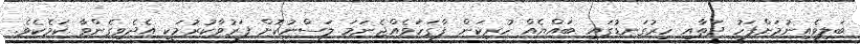
ބަލިވެއިނުމަށްފަހު ދަތާއި ހިރުގަނޑުގައި ބައްޔެއް ހުރިކަން ފާގަހަވެއްޖެނަމަ ލަސްނުކޮށް ފަރުވާކުރުމަކީ އެދެވިގެންވާ ކަމެކެވެ.